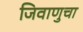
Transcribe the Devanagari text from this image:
जिवाणुचा